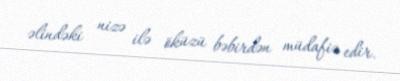
əlindəki nizə ilə öküzü bəbirdən müdafiə edir.